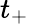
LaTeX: t_{+}